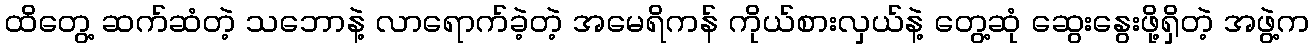
ထိတွေ့ ဆက်ဆံတဲ့ သဘောနဲ့ လာရောက်ခဲ့တဲ့ အမေရိကန် ကိုယ်စားလှယ်နဲ့ တွေ့ဆုံ ဆွေးနွေးဖို့ရှိတဲ့ အဖွဲ့က